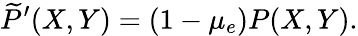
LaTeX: \widetilde{P}^{\prime}(X,Y)=(1-\mu_{e})P(X,Y).